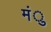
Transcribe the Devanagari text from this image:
मंु